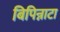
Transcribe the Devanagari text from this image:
बिपिन्नाटा